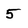
Character: 5